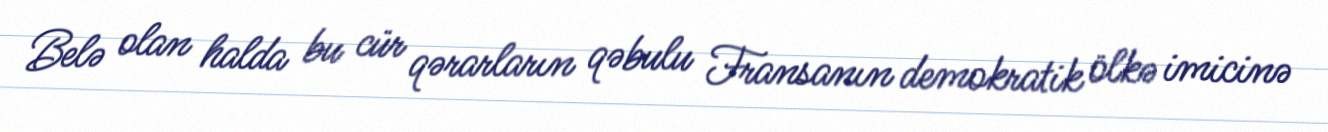
Belə olan halda bu cür qərarların qəbulu Fransanın demokratik ölkə imicinə